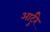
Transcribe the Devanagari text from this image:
आर्टुरे